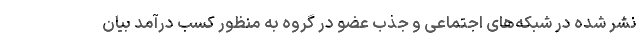
نشر شده در شبکه‌های اجتماعی و جذب عضو در گروه به منظور کسب درآمد بیان